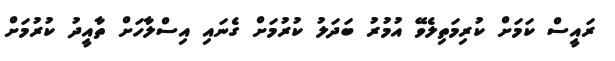
ރައީސް ކަމަށް ކުރިމަތިލެވޭ އުމުރު ބަދަލު ކުރުމަށް ގެނައި އިސްލާހަށް ތާއީދު ކުރުމަށް